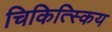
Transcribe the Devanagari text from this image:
चिकित्स्किय